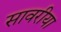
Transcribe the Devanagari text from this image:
सावरीया